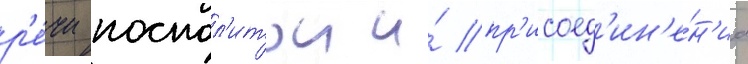
р'е́чи поспол'итои и́ пр'исоед'ин'е́н'иа